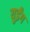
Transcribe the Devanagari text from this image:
युईंग